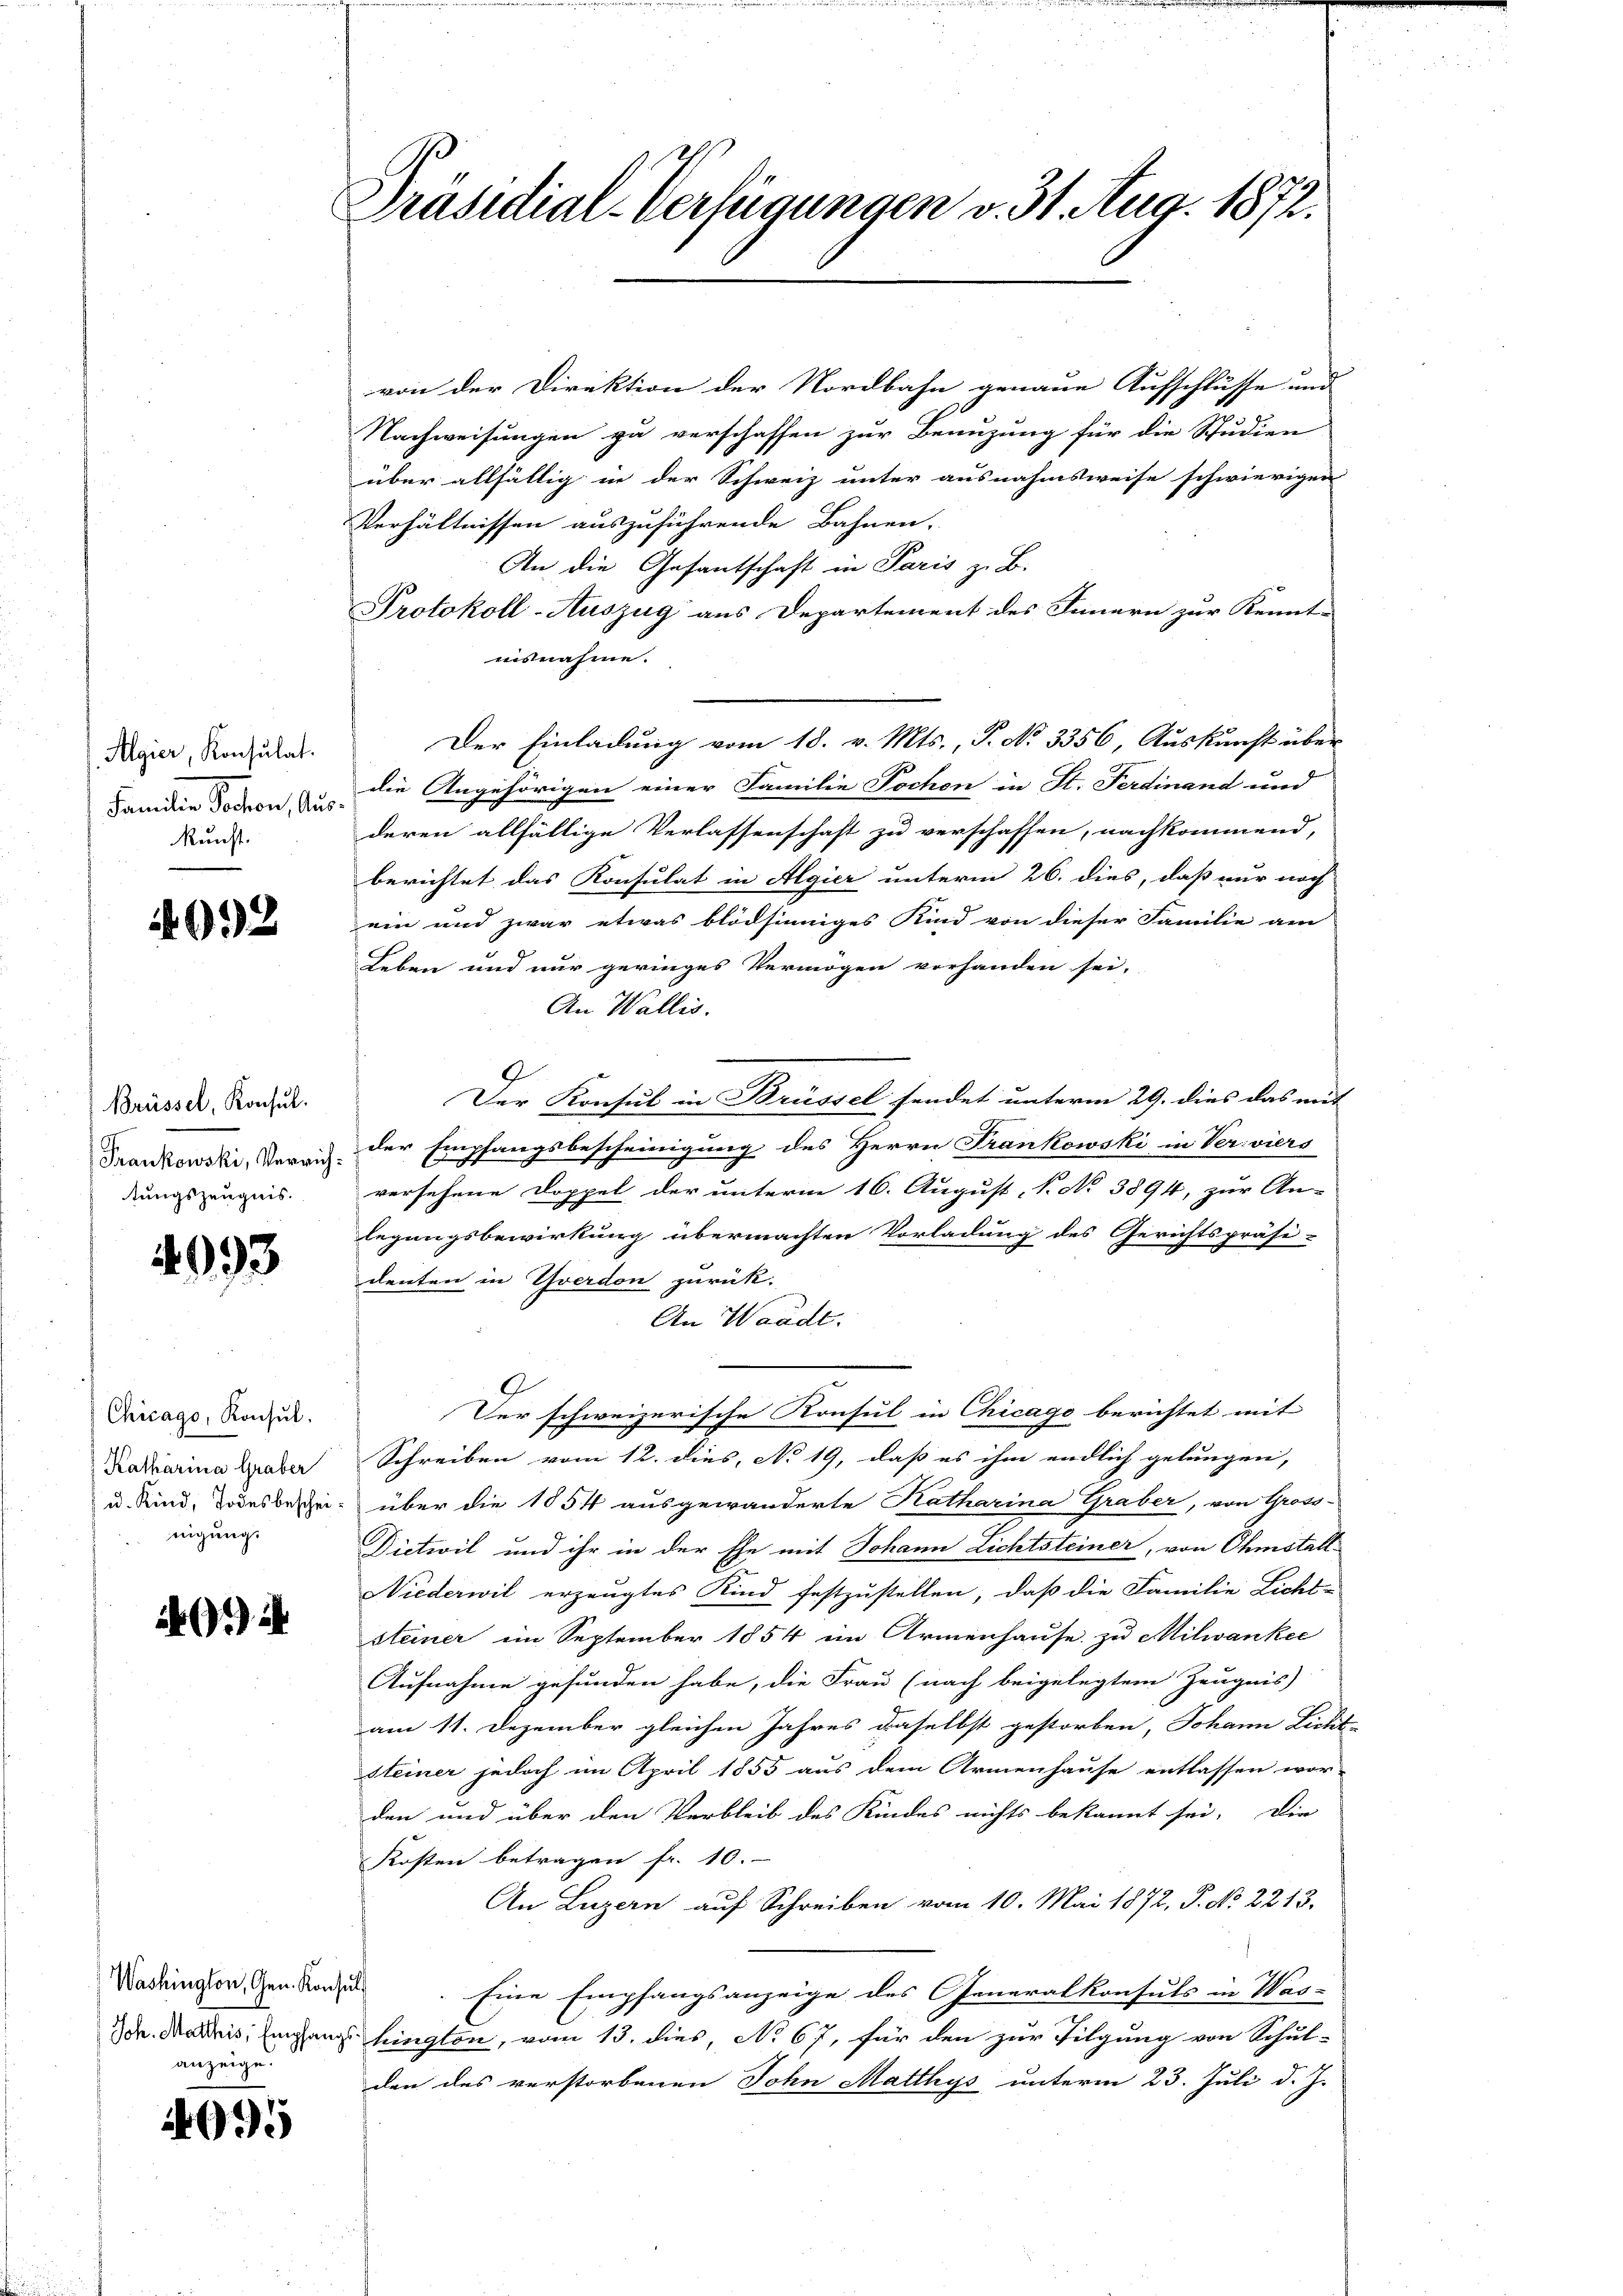
Algier, Konsulat.
Familie Portion, Au
kunft.

692

Brüssel, Konsul
tungszeugnis.

4993

Chicago, Konsul
Katharina Graber
u. Kind, Todesbeschei
nigung.

4

Washington, Gen. Kon
anzeige.

4995

Präsidial-Verfügungen v. 31. Aug. 1872.

von der Direktion der Nordbahn genaue Aufschlüsse und
Nachweisungen zu verschaffen zur Benuzung für die Studien
über allfällig in der Schweiz unter ausnahmsweise schwierigen
Verhältnissen auszuführende Bahnen.
An die Gesantschaft in Paris z. B.
Protokoll-Auszug aus Departement des Innern zur Kennt-
nisnahme.
Der Einladung vom 18. v. Mts., P. No 3356, Auskunft über
die Angehörigen einer Familie Pochen in St. Ferdinand und
deren allfällige Verlassenschaft zu verschaffen, nachkommend,
berichtet das Konsulat in Algier unterm 26. dies, daß nur noch
ein und zwar etwas blödsinniges Kind von dieser Familie am
Leben und nur geringes Vermögen vorhanden sei,
An Wallis.
Der Konsul in Brüssel sendet unterm 29. dies das mit
Frankowski, Verrich der Empfangsbescheinigung des Herrn Frankowski in Verviers
versehene Doppel der unterm 16. August, 1. No 3894, zur An-
legungsbewirkung übermachten Vorladung des Gerichtspräsi-
denten in Yverdon zurück.
An Waadt.
9
Der schweizerische Konsul in Chicago berichtet mit |
Schreiben vom 12. dies, No 19, daß es ihm endlich gelungen,
über die 1854 ausgewanderte Katharina Graber, von Gross-
Dietwil und ihr in der Ehe mit Johann Lichtsteiner, von Ohmstall
Niederwil erzeugtes Kind festzustellen, daß die Familie Licht-
steiner im September 1854 in Armenhause zu Milwankee
Aufnahme gefunden habe, die Frau (nach beigelegtem Zeugnis)
am 11. Dezember gleichen Jahres daselbst gestorben, Johann Licht
steiner jedoch im April 1855 aus dem Armenhause entlassen wor-
den und über den Verbleib des Kindes nichts bekannt sei. Die
Kosten betragen fr. 10.
An Luzern auf Schreiben vom 10. Mai 1872, P. No. 2213.
ls
.Eine Empfangsanzeige des Generalkonsuls in Was-
DDr. Maris, Eingang hington, vom 13. dies, No 67, für den zur Tilgung von Schul-
den des verstorbenen Sohn Matthys unterm 23. Juli d. J.